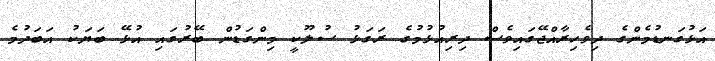
އަޅުގަނޑުމެންގެ ދިވެހިރާއްޖޭގައިވެސް ދިރިއުޅުމުގެ ރަގަޅު ސުލޫކީ މިންގަޑުން ބޭރުގައި އުޅޭ ބަޔަކު އަބަދުމެ